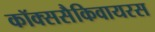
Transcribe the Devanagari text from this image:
कॉक्ससैकिवायरस